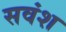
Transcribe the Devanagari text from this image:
सवंश